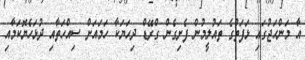
އާ މަންހަޖުގައި ޅަފަތުގެ ތައުލީމުން ފެށިގެން ގްރޭޑް ދިހަޔަކާ ހަމައަށް ސިއްހަތާއި ދުޅަހެޔޮކަމާއި